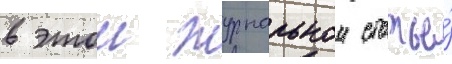
в этои журнальнои статье́